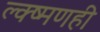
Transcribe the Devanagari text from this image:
ल्क्ष्मणही